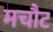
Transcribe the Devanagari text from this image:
मचौट